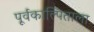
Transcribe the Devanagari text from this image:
पूर्वकाल्पिताला